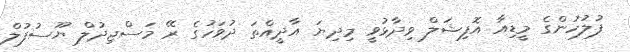
ފުލުހުންގެ މީޑިއާ އޮފިޝަލް ވިދާޅުވީ މިދިޔަ އާދީއްތަ ދުވަހުގެ ރޭ މަސްޖިދުލް ޔޫސުފުލް